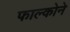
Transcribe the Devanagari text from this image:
फाल्कोने